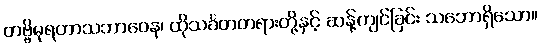
တဗ္ဗိဓုရတာသဘာဝေန၊ ထိုသင်္ခတတရားတို့နှင့် ဆန့်ကျင်ခြင်း သဘောရှိသော။